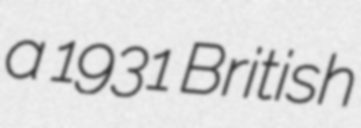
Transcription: a 1931 British